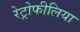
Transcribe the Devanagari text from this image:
रेट्रोफीलिया